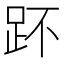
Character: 𧿤